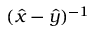
( \hat { x } - \hat { y } ) ^ { - 1 }